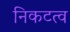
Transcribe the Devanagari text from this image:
निकटत्व